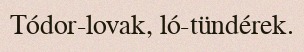
Tódor-lovak, ló-tündérek.